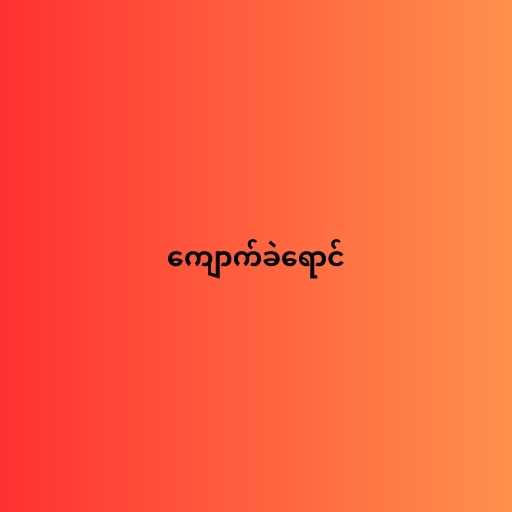
ကျောက်ခဲရောင်